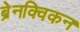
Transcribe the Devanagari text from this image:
ब्रेनक्विकन